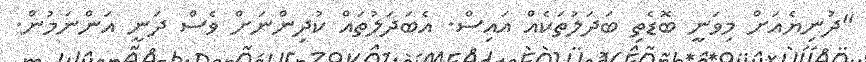
"ދުނިޔެއަށް މިވަނީ ބޮޑެތި ބަދަލުތަކެއް އައިސް. އެބަދަލުތައް ކުދިންނަށް ވެސް ދަނީ އަންނަމުން.